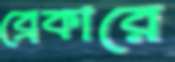
ব্রেকারে